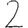
Digit: 2